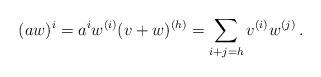
LaTeX: \begin{align*}(a w)^{i} = a^{i}w^{(i)}(v+w)^{(h)} = \sum_{i+j=h}v^{(i)}w^{(j)}\,.\end{align*}